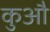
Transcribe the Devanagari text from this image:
कुऔ